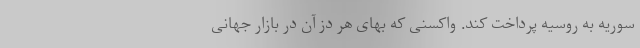
سوریه به روسیه پرداخت کند. واکسنی که بهای هر دُز آن در بازار جهانی